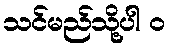
သင်မည်သို့ပါ ၀